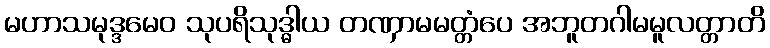
မဟာသမုဒ္ဒမေဝ သုပရိသုဒ္ဓါယ တဏှာမမတ္တံပေ အဘူတဂါမမူလတ္တာတိ